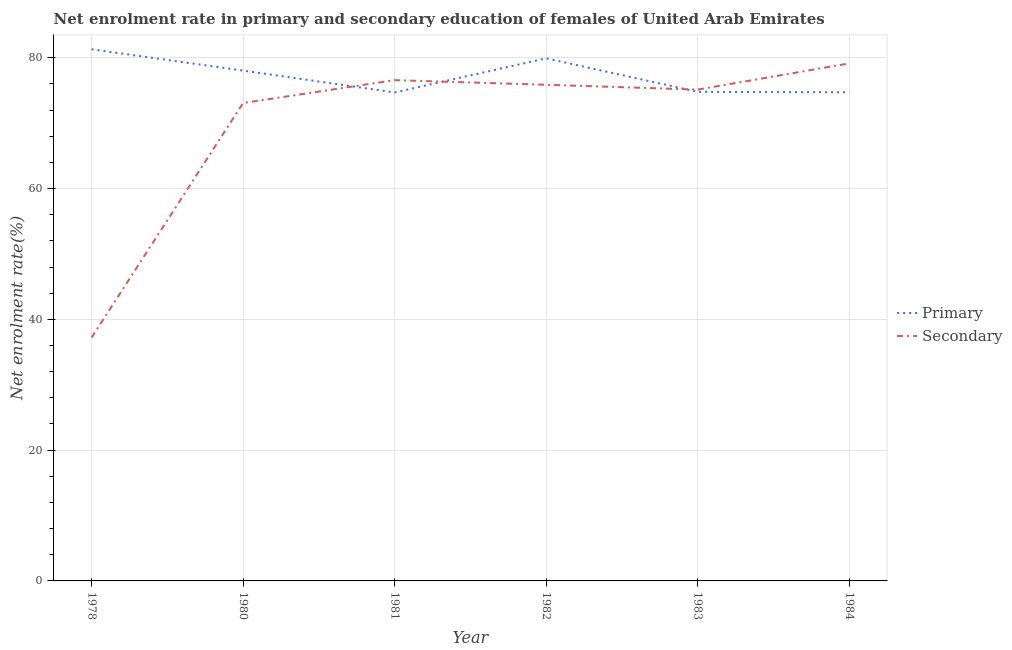
| Year | Primary | Secondary |
 | --- | --- | --- |
 | 1978 | 81.3 | 37.2 |
 | 1980 | 78 | 73.1 |
 | 1981 | 74.7 | 76.6 |
 | 1982 | 79.9 | 75.9 |
 | 1983 | 74.8 | 75.1 |
 | 1984 | 74.7 | 79.1 |